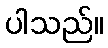
ပါသည်။